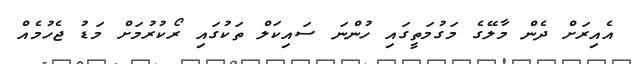
އެއިރަށް ދެން މާލޭގެ މަގުމަތީގައި ހުންނަ ސައިކަލް ތަކުގައި ރޯކުރުމަށް މަޑު ޖެހުމެއް